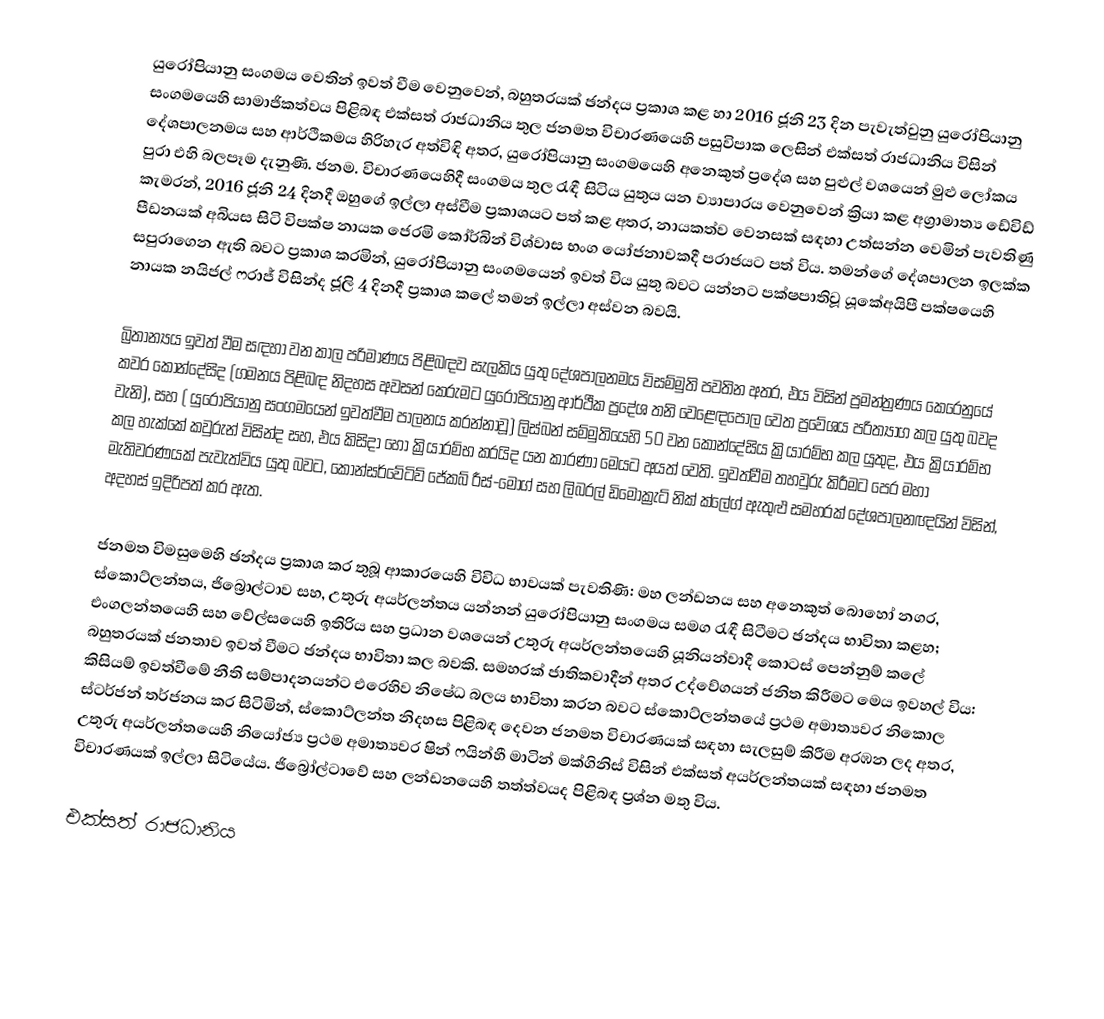
යුරෝපියානු සංගමය වෙතින් ඉවත් වීම වෙනුවෙන්, බහුතරයක් ඡන්දය ප්‍රකාශ කළ හා 2016 ජූනි 23 දින පැවැත්වුනු  යුරෝපියානු සංගමයෙහි සාමාජිකත්වය පිළිබඳ එක්සත් රාජධානිය තුල ජනමත විචාරණයෙහි පසුවිපාක ලෙසින්  එක්සත් රාජධානිය විසින් දේශපාලනමය සහ ආර්ථිකමය හිරිහැර අත්විඳි අතර, යුරෝපියානු සංගමයෙහි අනෙකුත් ප්‍රදේශ සහ පුළුල් වශයෙන් මුළු ලෝකය පුරා එහි බලපෑම දැනුණි. ජනම. විචාරණයෙහිදී සංගමය තුල රැඳී සිටිය යුතුය යන ව්‍යාපාරය  වෙනුවෙන් ක්‍රියා කළ  අග්‍රාමාත්‍ය ඩේවිඩ් කැමරන්, 2016 ජූනි 24 දිනදී ඔහුගේ ඉල්ලා අස්වීම ප්‍රකාශයට පත් කළ අතර, නායකත්ව වෙනසක් සඳහා උත්සන්න වෙමින් පැවතිණු පීඩනයක් අබියස සිටි විපක්ෂ නායක ජෙරමි කෝර්බින්   විශ්වාස භංග යෝජනාවකදී පරාජයට පත් විය. තමන්ගේ දේශපාලන ඉලක්ක සපුරාගෙන ඇති බවට ප්‍රකාශ කරමින්, යුරෝපියානු සංගමයෙන් ඉවත් විය යුතු බවට යන්නට පක්ෂපාතිවූ යූකේඅයිපී  පක්ෂයෙහි නායක  නයිජල් ෆරාජ් විසින්ද ජූලි 4 දිනදී ප්‍රකාශ කලේ තමන් ඉල්ලා අස්වන බවයි.

බ්‍රිතාන්‍යය ඉවත් වීම සඳහා වන කාල පරිමාණය පිළිබඳව සැලකිය යුතු දේශපාලනමය විසම්මුති පවතින අතර, එය විසින් ප්‍රමන්ත්‍රණය කෙරෙනුයේ කවර කොන්දේසිද  (ගමනය පිළිබඳ නිදහස අවසන් කෙරුමට  යුරෝපියානු ආර්ථීක ප්‍රදේශ තනි වෙළෙඳපොල වෙත ප්‍රවේශය පරිත්‍යාග කල යුතු බවද වැනි), සහ ( යුරෝපියානු සංගමයෙන් ඉවත්වීම පාලනය කරන්නාවූ) ලිස්බන් සම්මුතියෙහි 50 වන කොන්දේසිය ක්‍රියාරම්භ කල යුතුද, එය ක්‍රියාරම්භ කල හැක්කේ කවුරුන් විසින්ද සහ, එය කිසිදා හෝ  ක්‍රියාරම්භ කරයිද යන කාරණා මෙයට අයත් වෙති. ඉවත්වීම තහවුරු කිරීමට පෙර මහා මැතිවරණයක් පැවැත්විය යුතු බවට, කොන්සර්වේටිව්  ජේකබ් රීස්-මොග් සහ ලිබරල් ඩිමොක්‍රැට් නික් ක්ලේග් ඇතුළු සමහරක් දේශපාලනඥයින් විසින්, අදහස් ඉදිරිපත් කර ඇත.

ජනමත විමසුමෙහි ඡන්දය ප්‍රකාශ කර තුබූ ආකාරයෙහි විවිධ භාවයක් පැවතිණි: මහ ලන්ඩනය සහ අනෙකුත් බොහෝ නගර, ස්කොට්ලන්තය, ජිබ්‍රොල්ටාව සහ, උතුරු අයර්ලන්තය යන්නන් යුරෝපියානු සංගමය සමග රැඳී සිටීමට ඡන්දය භාවිතා කළහ; එංගලන්තයෙහි සහ වේල්සයෙහි ඉතිරිය සහ ප්‍රධාන වශයෙන් උතුරු අයර්ලන්තයෙහි යූනියන්වාදී කොටස් පෙන්නුම් කලේ බහුතරයක් ජනතාව ඉවත් වීමට ඡන්දය භාවිතා කල බවකි.  සමහරක් ජාතිකවාදීන් අතර උද්වේගයන් ජනිත කිරීමට මෙය ඉවහල් විය: කිසියම් ඉවත්වීමේ නීති සම්පාදනයන්ට එරෙහිව නිෂේධ බලය භාවිතා කරන බවට  ස්කොට්ලන්තයේ ප්‍රථම අමාත්‍යවර නිකොල ස්ටර්ජන් තර්ජනය කර සිටිමින්,   ස්කොට්ලන්ත නිදහස පිළිබඳ දෙවන ජනමත විචාරණයක් සඳහා සැලසුම් කිරීම අරඹන ලද අතර, උතුරු අයර්ලන්තයෙහි නියෝජ්‍ය ප්‍රථම අමාත්‍යවර ෂින් ෆයින්හී මාටින් මක්ගිනිස් විසින්  එක්සත් අයර්ලන්තයක් සඳහා ජනමත විචාරණයක් ඉල්ලා සිටියේය. ජිබ්‍රෝල්ටාවේ සහ ලන්ඩනයෙහි තත්ත්වයද පිළිබඳ ප්‍රශ්න මතු විය.

එක්සත් රාජධානිය